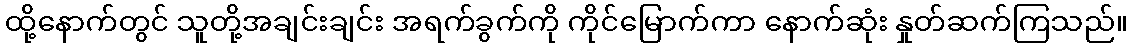
ထို့နောက်တွင် သူတို့အချင်းချင်း အရက်ခွက်ကို ကိုင်မြောက်ကာ နောက်ဆုံး နှုတ်ဆက်ကြသည်။